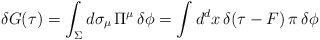
\begin{align*}\delta G (\tau) = \int_\Sigma d\sigma_\mu \, \Pi^\mu \, \delta\phi = \int d^d x \, \delta (\tau - F) \, \pi \, \delta \phi \;\end{align*}